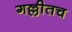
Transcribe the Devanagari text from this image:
गल्लीतच